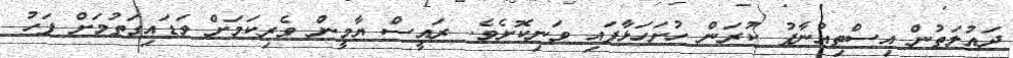
ދައުލަތުން އިސްތިއުނާފު ކުރަން ހުށަހަަޅާފައި ވަނިކޮށެވެ. ރައީސް ޔާމީން ވެރިކަމަށް ވަޑައިގަތުމަށް ފަހު